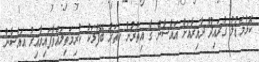
ކޮޅުމަޑުލު ގުރައިދޫ ދާއިރާއަށް ޣައްސާން ގެ އިތުރުން ހަތަރު ބޭފުޅަކު ކުރިމަތިލައްވާފައިވާއިރު ޣައްސާން